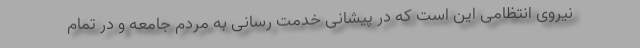
نیروی انتظامی این است که در پیشانی خدمت رسانی به مردم جامعه و در تمام